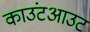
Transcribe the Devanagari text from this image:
काउंटआउट